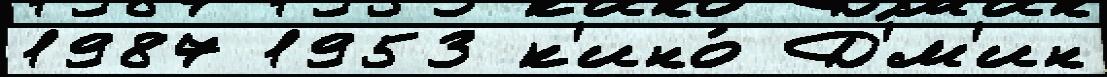
1987 1953 к'ино́ Д'́м'ин